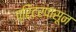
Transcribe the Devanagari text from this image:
प्रिंटरपासून